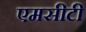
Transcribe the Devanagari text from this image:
एमसीटी